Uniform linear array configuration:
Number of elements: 32
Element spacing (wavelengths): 1
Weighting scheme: cosine
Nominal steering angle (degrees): -30
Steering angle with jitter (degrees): -29.446
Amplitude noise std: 0.05
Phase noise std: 0.05

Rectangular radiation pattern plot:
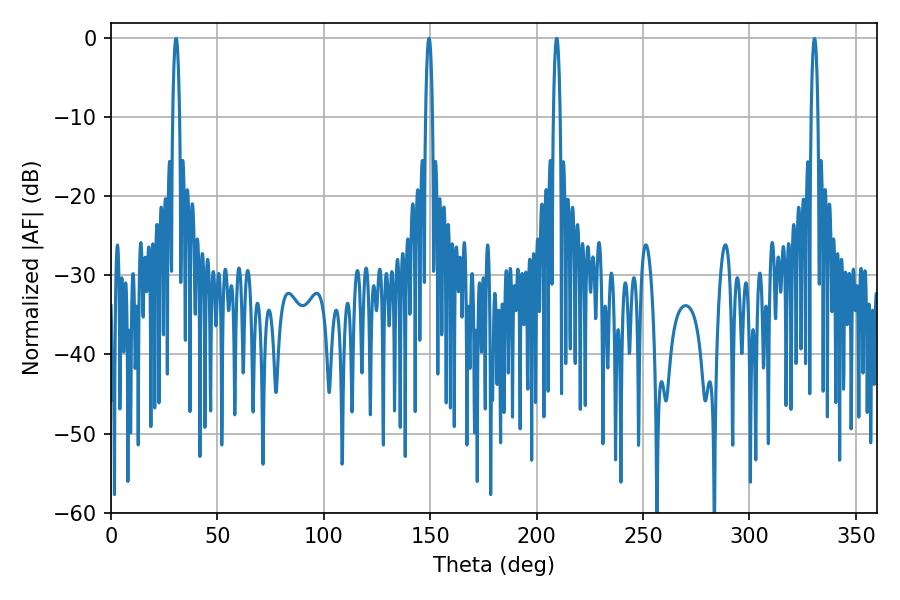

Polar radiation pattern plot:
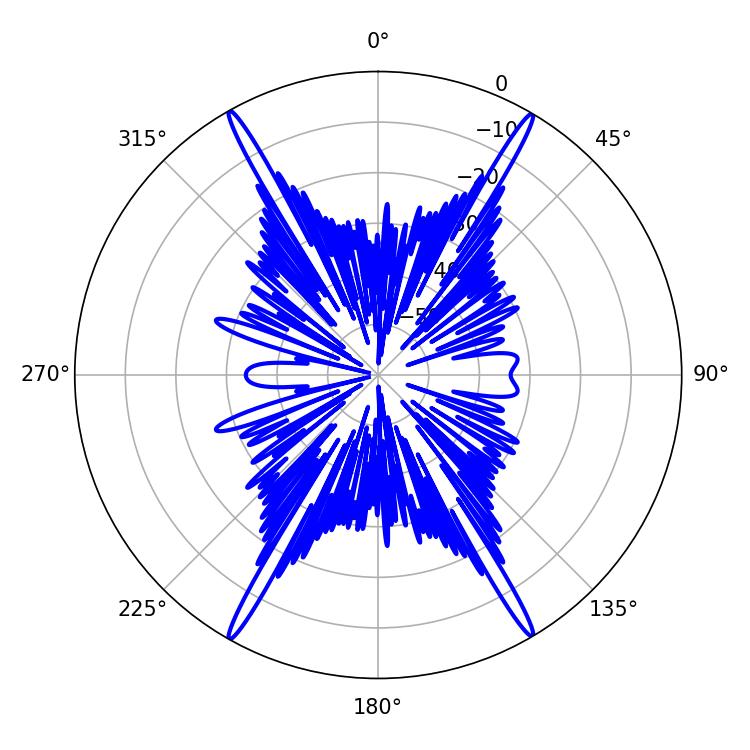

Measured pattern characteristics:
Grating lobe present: TRUE
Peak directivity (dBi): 31.212
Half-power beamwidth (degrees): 1.8
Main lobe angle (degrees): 149.4